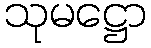
သုမဋ္ဌော